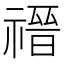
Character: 𬓎